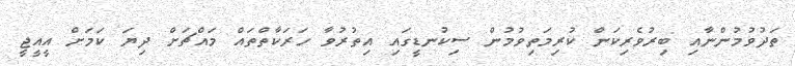
ތަދުވުމުންނާއި ބިރުވެރިކަން ކުރިމަތިވުމުން ސިކުނޑީގައި އިތުރުވާ ހަރަކާތްތައް މައްޗަށް ދިޔަ ކަމަށް އީއީޖީ